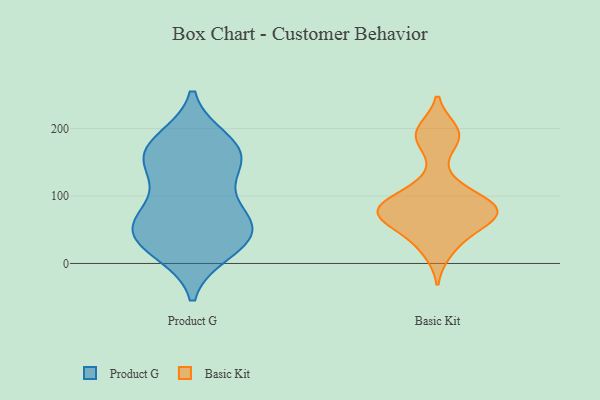
{"axis": {"x": "Website Visitors", "y": "Value"}, "legend": ["Basic Kit", "Product G"], "data": [{"x": "", "y": 36, "type": "Product G"}, {"x": "", "y": 176, "type": "Product G"}, {"x": "", "y": 19, "type": "Product G"}, {"x": "", "y": 149, "type": "Product G"}, {"x": "", "y": 56, "type": "Product G"}, {"x": "", "y": 41, "type": "Product G"}, {"x": "", "y": 54, "type": "Product G"}, {"x": "", "y": 160, "type": "Product G"}, {"x": "", "y": 104, "type": "Product G"}, {"x": "", "y": 75, "type": "Product G"}, {"x": "", "y": 161, "type": "Product G"}, {"x": "", "y": 26, "type": "Product G"}, {"x": "", "y": 150, "type": "Product G"}, {"x": "", "y": 181, "type": "Product G"}, {"x": "", "y": 62, "type": "Product G"}, {"x": "", "y": 78, "type": "Basic Kit"}, {"x": "", "y": 86, "type": "Basic Kit"}, {"x": "", "y": 83, "type": "Basic Kit"}, {"x": "", "y": 119, "type": "Basic Kit"}, {"x": "", "y": 81, "type": "Basic Kit"}, {"x": "", "y": 65, "type": "Basic Kit"}, {"x": "", "y": 197, "type": "Basic Kit"}, {"x": "", "y": 91, "type": "Basic Kit"}, {"x": "", "y": 39, "type": "Basic Kit"}, {"x": "", "y": 73, "type": "Basic Kit"}, {"x": "", "y": 19, "type": "Basic Kit"}, {"x": "", "y": 182, "type": "Basic Kit"}, {"x": "", "y": 191, "type": "Basic Kit"}, {"x": "", "y": 62, "type": "Basic Kit"}]}